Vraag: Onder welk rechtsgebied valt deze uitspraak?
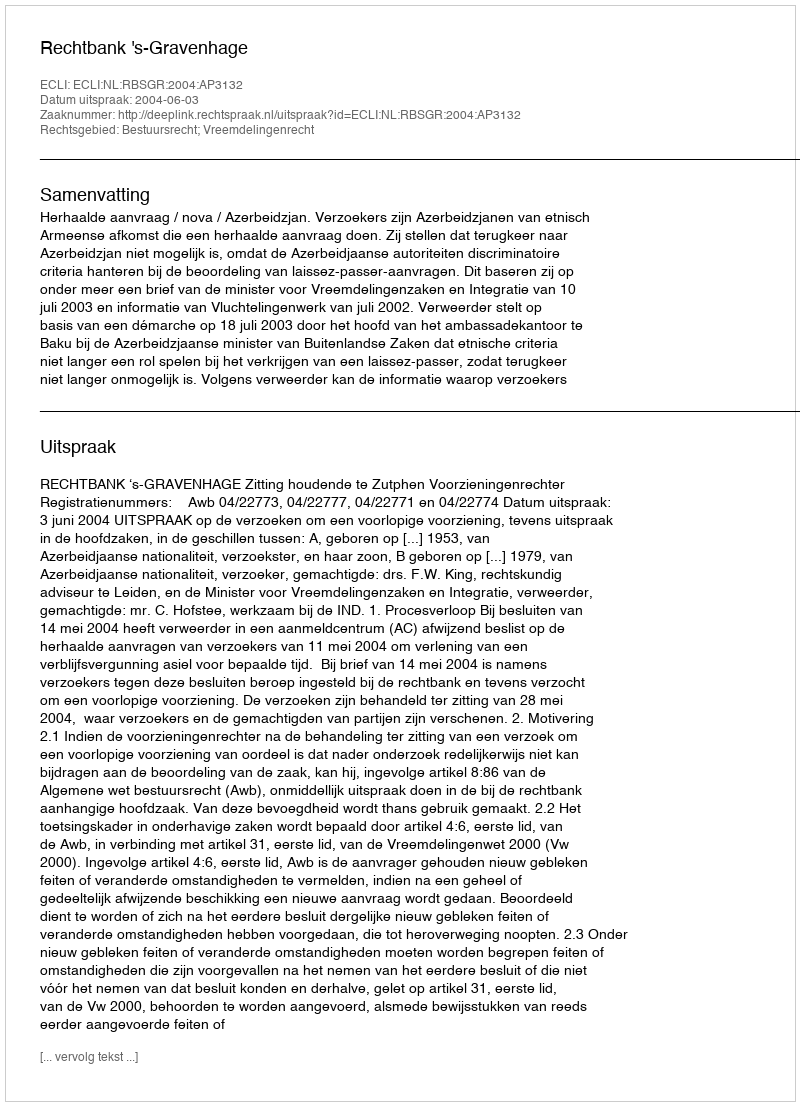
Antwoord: Bestuursrecht; Vreemdelingenrecht